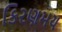
કિરણમય